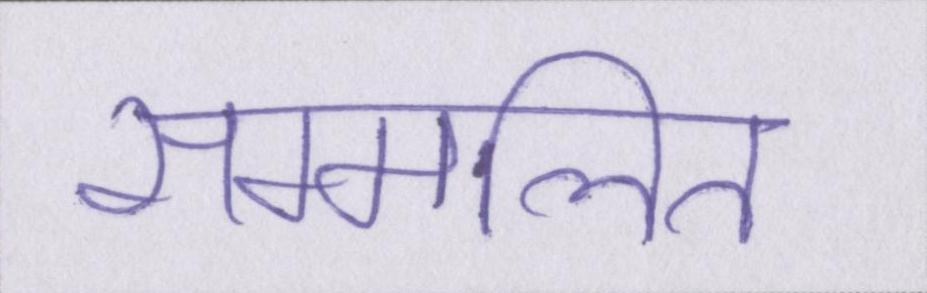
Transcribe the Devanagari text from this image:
सम्मलित